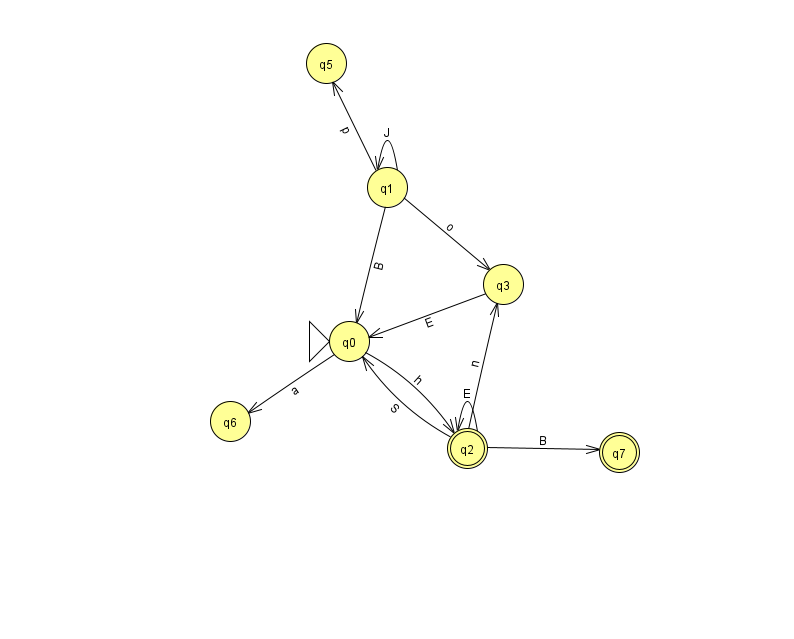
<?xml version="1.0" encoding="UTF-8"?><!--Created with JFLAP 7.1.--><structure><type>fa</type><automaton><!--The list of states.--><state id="0" name="q0"><x>349.0</x><y>328.0</y><initial/></state><state id="1" name="q1"><x>387.0</x><y>174.0</y></state><state id="2" name="q2"><x>467.0</x><y>435.0</y><final/></state><state id="3" name="q3"><x>503.0</x><y>271.0</y></state><state id="5" name="q5"><x>326.0</x><y>50.0</y></state><state id="6" name="q6"><x>230.0</x><y>408.0</y></state><state id="7" name="q7"><x>619.0</x><y>439.0</y><final/></state><!--The list of transitions.--><transition><from>2</from><to>7</to><read>B</read></transition><transition><from>2</from><to>3</to><read>n</read></transition><transition><from>2</from><to>0</to><read>S</read></transition><transition><from>2</from><to>2</to><read>E</read></transition><transition><from>0</from><to>6</to><read>a</read></transition><transition><from>1</from><to>1</to><read>J</read></transition><transition><from>1</from><to>0</to><read>B</read></transition><transition><from>1</from><to>5</to><read>p</read></transition><transition><from>1</from><to>3</to><read>o</read></transition><transition><from>0</from><to>2</to><read>h</read></transition><transition><from>3</from><to>0</to><read>E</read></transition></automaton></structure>